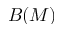
B ( M )